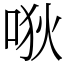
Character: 唙